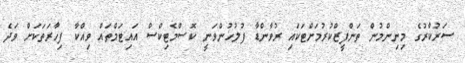
ސަރުކާރުގެ މިނިންމުން ތަންފީޒްކުރުމަށްޓަކައި ރުވާންޑާ ފުލުހުންވަނީ ކޮސްމެޓިކްސް އައިޓަމްތައް ވިއްކާ ފިހާރަތަކަށް ވަދެ